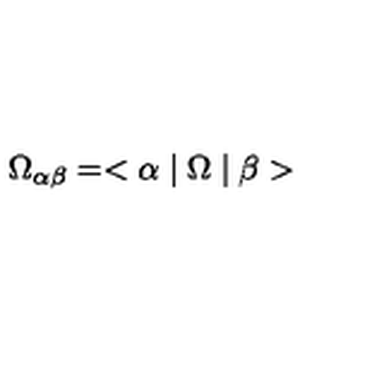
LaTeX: \Omega _ { \alpha \beta } = < \alpha \mid \Omega \mid \beta >